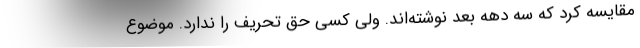
مقایسه کرد که سه دهه بعد نوشته‌اند. ولی کسی حق تحریف را ندارد. موضوع